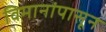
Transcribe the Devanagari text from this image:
विमानांपासून